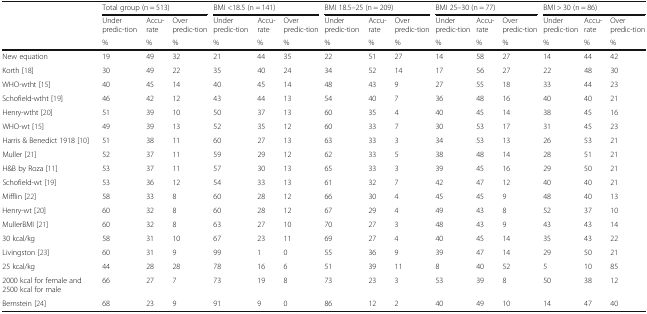
<table><thead><tr><td rowspan="3">[EMPTY_CELL]</td><td colspan="3"><b>Total group (n = 513)</b></td><td colspan="3"><b>BMI &lt;18.5 (n = 141)</b></td><td colspan="3"><b>BMI 18.5–25 (n = 209)</b></td><td colspan="3"><b>BMI 25–30 (n = 77)</b></td><td colspan="3"><b>BMI &gt; 30 (n = 86)</b></td></tr><tr><td><b>Under predic-tion</b></td><td><b>Accu-rate</b></td><td><b>Over predic-tion</b></td><td><b>Under predic-tion</b></td><td><b>Accu-rate</b></td><td><b>Over predic-tion</b></td><td><b>Under predic-tion</b></td><td><b>Accu-rate</b></td><td><b>Over predic-tion</b></td><td><b>Under predic-tion</b></td><td><b>Accu-rate</b></td><td><b>Over predic-tion</b></td><td><b>Under predic-tion</b></td><td><b>Accu-rate</b></td><td><b>Over predic-tion</b></td></tr><tr><td><b>%</b></td><td><b>%</b></td><td><b>%</b></td><td><b>%</b></td><td><b>%</b></td><td><b>%</b></td><td><b>%</b></td><td><b>%</b></td><td><b>%</b></td><td><b>%</b></td><td><b>%</b></td><td><b>%</b></td><td><b>%</b></td><td><b>%</b></td><td><b>%</b></td></tr></thead><tbody><tr><td>New equation</td><td>19</td><td>49</td><td>32</td><td>21</td><td>44</td><td>35</td><td>22</td><td>51</td><td>27</td><td>14</td><td>58</td><td>27</td><td>14</td><td>44</td><td>42</td></tr><tr><td>Korth [18]</td><td>30</td><td>49</td><td>22</td><td>35</td><td>40</td><td>24</td><td>34</td><td>52</td><td>14</td><td>17</td><td>56</td><td>27</td><td>22</td><td>48</td><td>30</td></tr><tr><td>WHO-wtht [15]</td><td>40</td><td>45</td><td>14</td><td>40</td><td>45</td><td>14</td><td>48</td><td>43</td><td>9</td><td>27</td><td>55</td><td>18</td><td>33</td><td>44</td><td>23</td></tr><tr><td>Schofield-wtht [19]</td><td>46</td><td>42</td><td>12</td><td>43</td><td>44</td><td>13</td><td>54</td><td>40</td><td>7</td><td>36</td><td>48</td><td>16</td><td>40</td><td>40</td><td>21</td></tr><tr><td>Henry-wtht [20]</td><td>51</td><td>39</td><td>10</td><td>50</td><td>37</td><td>13</td><td>60</td><td>35</td><td>4</td><td>40</td><td>45</td><td>14</td><td>38</td><td>45</td><td>16</td></tr><tr><td>WHO-wt [15]</td><td>49</td><td>39</td><td>13</td><td>52</td><td>35</td><td>12</td><td>60</td><td>33</td><td>7</td><td>30</td><td>53</td><td>17</td><td>31</td><td>45</td><td>23</td></tr><tr><td>Harris &amp; Benedict 1918 [10]</td><td>51</td><td>38</td><td>11</td><td>60</td><td>27</td><td>13</td><td>63</td><td>33</td><td>3</td><td>34</td><td>53</td><td>13</td><td>26</td><td>53</td><td>21</td></tr><tr><td>Muller [21]</td><td>52</td><td>37</td><td>11</td><td>59</td><td>29</td><td>12</td><td>62</td><td>33</td><td>5</td><td>38</td><td>48</td><td>14</td><td>28</td><td>51</td><td>21</td></tr><tr><td>H&amp;B by Roza [11]</td><td>53</td><td>37</td><td>11</td><td>57</td><td>30</td><td>13</td><td>65</td><td>33</td><td>3</td><td>39</td><td>45</td><td>16</td><td>29</td><td>50</td><td>21</td></tr><tr><td>Schofield-wt [19]</td><td>53</td><td>36</td><td>12</td><td>54</td><td>33</td><td>13</td><td>61</td><td>32</td><td>7</td><td>42</td><td>47</td><td>12</td><td>40</td><td>40</td><td>21</td></tr><tr><td>Mifflin [22]</td><td>58</td><td>33</td><td>8</td><td>60</td><td>28</td><td>12</td><td>66</td><td>30</td><td>4</td><td>45</td><td>45</td><td>9</td><td>48</td><td>40</td><td>13</td></tr><tr><td>Henry-wt [20]</td><td>60</td><td>32</td><td>8</td><td>60</td><td>28</td><td>12</td><td>67</td><td>29</td><td>4</td><td>49</td><td>43</td><td>8</td><td>52</td><td>37</td><td>10</td></tr><tr><td>MullerBMI [21]</td><td>60</td><td>32</td><td>8</td><td>63</td><td>27</td><td>10</td><td>70</td><td>27</td><td>3</td><td>48</td><td>43</td><td>9</td><td>43</td><td>43</td><td>14</td></tr><tr><td>30 kcal/kg</td><td>58</td><td>31</td><td>10</td><td>67</td><td>23</td><td>11</td><td>69</td><td>27</td><td>4</td><td>40</td><td>45</td><td>14</td><td>35</td><td>43</td><td>22</td></tr><tr><td>Livingston [23]</td><td>60</td><td>31</td><td>9</td><td>99</td><td>1</td><td>0</td><td>55</td><td>36</td><td>9</td><td>39</td><td>47</td><td>14</td><td>29</td><td>50</td><td>21</td></tr><tr><td>25 kcal/kg</td><td>44</td><td>28</td><td>28</td><td>78</td><td>16</td><td>6</td><td>51</td><td>39</td><td>11</td><td>8</td><td>40</td><td>52</td><td>5</td><td>10</td><td>85</td></tr><tr><td>2000 kcal for female and 2500 kcal for male</td><td>66</td><td>27</td><td>7</td><td>73</td><td>19</td><td>8</td><td>73</td><td>23</td><td>3</td><td>53</td><td>39</td><td>8</td><td>50</td><td>38</td><td>12</td></tr><tr><td>Bernstein [24]</td><td>68</td><td>23</td><td>9</td><td>91</td><td>9</td><td>0</td><td>86</td><td>12</td><td>2</td><td>40</td><td>49</td><td>10</td><td>14</td><td>47</td><td>40</td></tr></tbody></table>